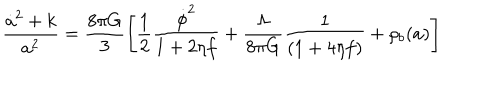
\frac { \dot { a } ^ { 2 } + k } { a ^ { 2 } } = \frac { 8 \pi G } { 3 } \left[ \frac { 1 } { 2 } \frac { \dot { \phi } ^ { 2 } } { 1 + 2 \eta f } + \frac { \Lambda } { 8 \pi G } \frac { 1 } { ( 1 + 4 \eta f ) } + { \rho _ { b } ( a ) } \right]